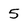
Character: 5